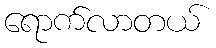
ရောက်လာတယ်